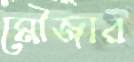
মৌজার